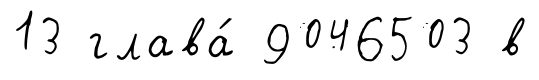
13 глава́ 9046503 в